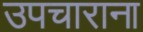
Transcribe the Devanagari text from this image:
उपचाराना